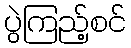
ပွဲကြည့်စင်